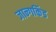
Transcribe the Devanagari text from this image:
जान्गकिंड